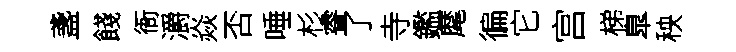
盞餞衙灂焱否唾杉睿了寺鑑麾徧它宫梯臯秧